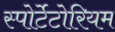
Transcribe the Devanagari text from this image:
स्पोर्टेटोरियम